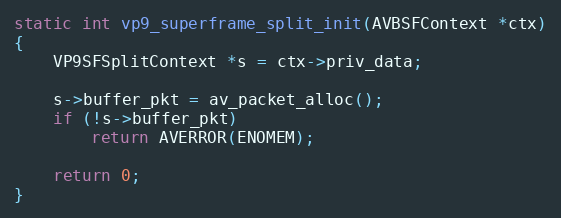
Language: C
static int vp9_superframe_split_init(AVBSFContext *ctx)
{
    VP9SFSplitContext *s = ctx->priv_data;

    s->buffer_pkt = av_packet_alloc();
    if (!s->buffer_pkt)
        return AVERROR(ENOMEM);

    return 0;
}